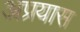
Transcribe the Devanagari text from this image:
अप्रयास